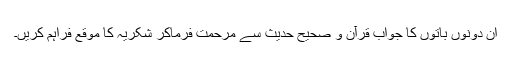
ان دونوں باتوں کا جواب قرآن و صحیح حدیث سے مرحمت فرماکر شکریہ کا موقع فراہم کریں۔